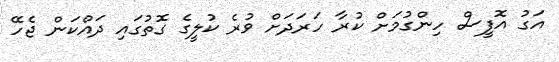
އަގު އޮފީސް ހިންގުމަށް ކުރާ ހަރަދަށް ވުރެ ކުލީގެ ގޮތުގައި ދައްކަން ޖެހޭ